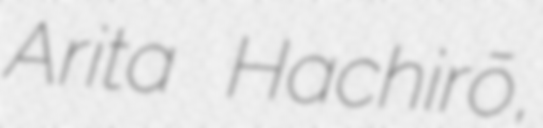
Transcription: Arita Hachirō,